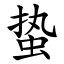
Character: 蛰